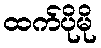
ထက်ပိုမို